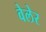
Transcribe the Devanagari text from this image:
वेलेर